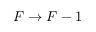
F \rightarrow F - 1